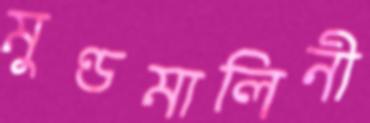
মুণ্ডমালিনী